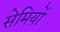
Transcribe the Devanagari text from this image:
सेमियों